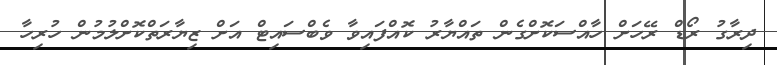
ދިރާގު ރޯޑް ރޭހަށް ހާއްސަކޮށްގެން ތައްޔާރު ކޮއްފައިވާ ވެބްސައިޓް އަށް ޒިޔާރަތްކޮށްލުމުން ހުރިހާ